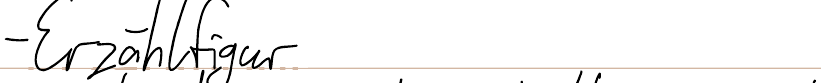
- Erzählfigur